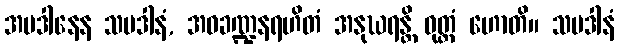
အပဒါနေန သပဒါနံ, အဝခဏ္ဍနရဟိတံ အနုဃရန္တိ ဝုတ္တံ ဟောတိ။ သပဒါနံ